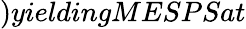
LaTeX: )yieldingMESPSat